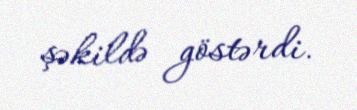
şəkildə göstərdi.